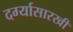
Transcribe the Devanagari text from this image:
दर्ग्यासारखी